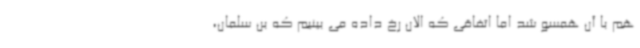
هم با آن همسو شد اما اتفاقی که الان رخ داده می بینیم که بن سلمان،